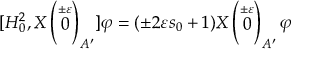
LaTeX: [ H _ { 0 } ^ { 2 } , X \left( \stackrel { \pm \varepsilon } { 0 } \right) _ { A ^ { \prime } } ] \varphi = ( \pm 2 \varepsilon s _ { 0 } + 1 ) X \left( \stackrel { \pm \varepsilon } { 0 } \right) _ { A ^ { \prime } } \varphi